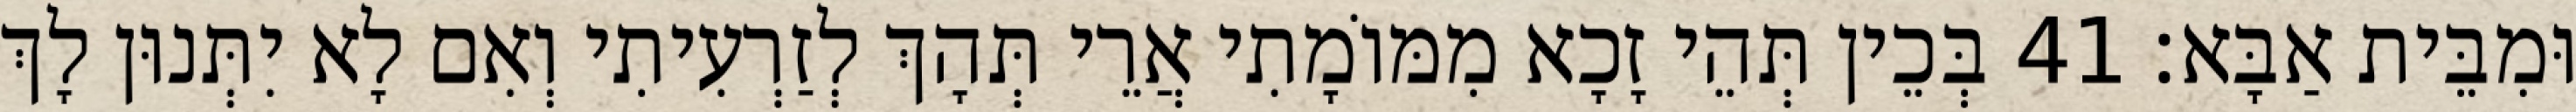
וּמִבֵּית אַבָּא׃ 41 בְּכֵין תְּהֵי זָכָא מִמּוֹמָתִי אֲרֵי תְּהָךְ לְזַרְעִיתִי וְאִם לָא יִתְּנוּן לָךְ